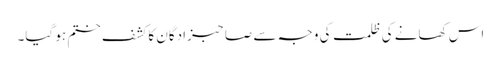
اس کھانے کی ظلمت کی وجہ سے صاحبزادگان کا کشف ختم ہو گیا۔